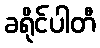
ခရိုင်ပါတီ